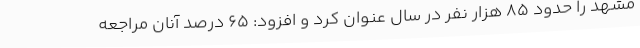
مشهد را حدود ۸۵ هزار نفر در سال عنوان کرد و افزود: ۶۵ درصد آنان مراجعه